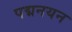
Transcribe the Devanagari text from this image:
पद्मनयन